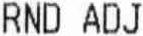
RND ADJ